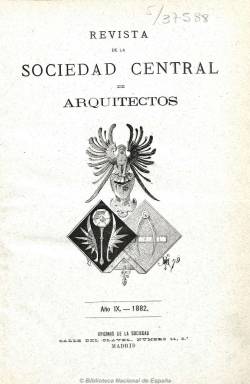
Título: Revista de la Sociedad Central de Arquitectos (Madrid. 1882)
Otros títulos: Título de la portada: Revista de la Sociedad Central de Arquitectos y Resumen de arquitectura, 1891
Colección: Arquitectura y construcción
Ámbito geográfico: Madrid
Lugar de publicación: Madrid
Fechas: 10/03/1882-01/12/1898

En 1845 había nacido la Escuela de Arquitectura y, en 1849, la Asociación de Arquitectos, que un año después ya se denomina Sociedad Central de Arquitectos (antecesora de los modernos colegios oficiales que comenzarán a instituirse en 1929), al tiempo que estos estudios profesionales se irán desarrollando e independizándose de la Real Academia de San Fernando. En 1854, la Sociedad promoverá un proyecto de reforma de la Escuela, cuyos estudios serán reglamentados el 24 de enero de 1855, y el dos de diciembre de 1864, entrará en vigor un nuevo reglamento de la Escuela Superior de Arquitectura. A partir de aquí, la citada Sociedad, que ya había publicado alguna memoria, comienza a publicar también algún anuario y folletos con los listados de sus miembros, hasta que, en 1874, inicia la edición de su primera publicación periódica, el Boletín de la Sociedad Central de Arquitectos, que puede ser considerado como la primera especializada de esta profesión en España, que, en 1876, es continuado por Revista de la Sociedad Central de Arquitectos; y en 1878, por Revista de la arquitectura nacional y extranjera, que contará con un suplemento titulado Gaceta del constructor.

El diez marzo de 1882, comienza a publicarse de nuevo el título Revista de la Sociedad de Arquitectos, como órgano oficial de la Sociedad, de tal forma que su primer número va acompañado de la indicación “Año 9”. Lo hará apareciendo con frecuencia decenal, para después hacerlo quincenal y, por último, mensual, en entregas de ocho o cuatro páginas, conteniendo los primeros números de cada año unos índices alfabéticos de materias y autores.

Como órgano de la Sociedad Central de Arquitectos, con sede en Madrid pero ámbito nacional, contiene las actas y acuerdos y los resúmenes de las sesiones de las juntas general y de gobierno de esta corporación profesional; disposiciones relacionadas con la profesión y comentarios a las mismas, datos prácticos, precios de materiales de construcción, consultas profesionales, informaciones de conferencias, exposiciones o biografías. La sección científica y técnica está dedicada a estudios; la oficial, a anuncios de vacantes, concursos o subastas, y otras a noticias varias o bibliografía.

Como la revista no dio lugar a la inserción de grabados y se fue reduciendo a contenidos puramente corporativos, la Sociedad Central de Arquitectura comenzará a publicar, a partir de 1891, otra publicación bajo el título Resumen de arquitectura, y en 1899 se fundirán ambos títulos, formando Resumen de Arquitectura, Revista de la Sociedad Central de Arquitectos.

Todos los títulos indicados en esta descripción forman también parte de las colecciones de la Biblioteca Nacional de España, aunque a la hora de redactarla no todos están aún digitalizados. Entre 1870 y 1872 también había sido editada la revista quincenal de carácter profesional El Eco de los arquitectos, que también integra el fondo hemerográfico de la BNE.